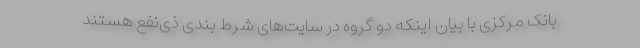
بانک مرکزی با بیان اینکه دو گروه در سایت‌های شرط بندی ذی‌نفع هستند